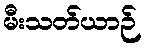
မီးသတ်ယာဉ်